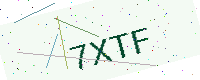
Text: 7XTF